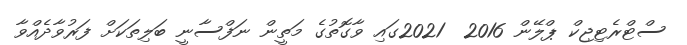
ސްޓްރެޓިޖިކް ޕްލޭން 2016  2021ގައި ވާގޮތުގެ މަތީން ނަފްސާނީ ބަލިތަކަށް ފަރުވާދެއްވާ